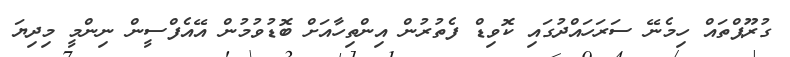
ގުރޫޕްތައް ހިމެނޭ ސަރަހައްދުގައި ކޮވިޑް ފެތުރުން އިންތިހާއަށް ބޮޑުވުމުން އޭއެފްސީން ނިންމީ މިދިޔަ